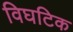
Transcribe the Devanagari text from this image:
विघटिक